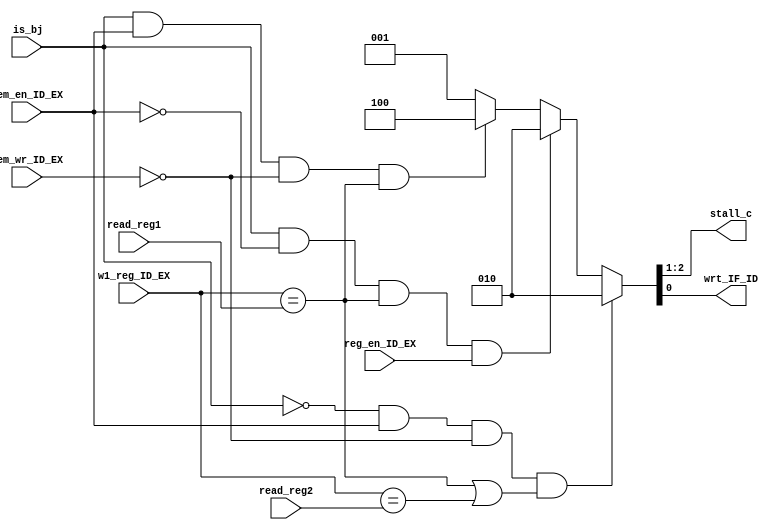
module haz_d(reg_en_ID_EX,is_bj,mem_en_ID_EX,mem_wr_ID_EX, w1_reg_ID_EX, read_reg1, read_reg2,
			 stall_c, wrt_IF_ID);
input reg_en_ID_EX;
input is_bj;
input mem_en_ID_EX;
input mem_wr_ID_EX;
input [2:0]w1_reg_ID_EX;
input [2:0]read_reg1;
input [2:0]read_reg2;
//output pause_pc;
output wrt_IF_ID; 
output [1:0]stall_c;
//wire [1:0]stall_c;

assign { stall_c, wrt_IF_ID}=(~is_bj &mem_en_ID_EX & ~mem_wr_ID_EX & (w1_reg_ID_EX==read_reg1 | w1_reg_ID_EX==read_reg2))?3'b010://ld
                              (is_bj & ~mem_en_ID_EX & (w1_reg_ID_EX==read_reg1)&reg_en_ID_EX)?3'b010:
                              (is_bj & mem_en_ID_EX & ~mem_wr_ID_EX &(w1_reg_ID_EX==read_reg1))?3'b100:3'b001;


endmodule